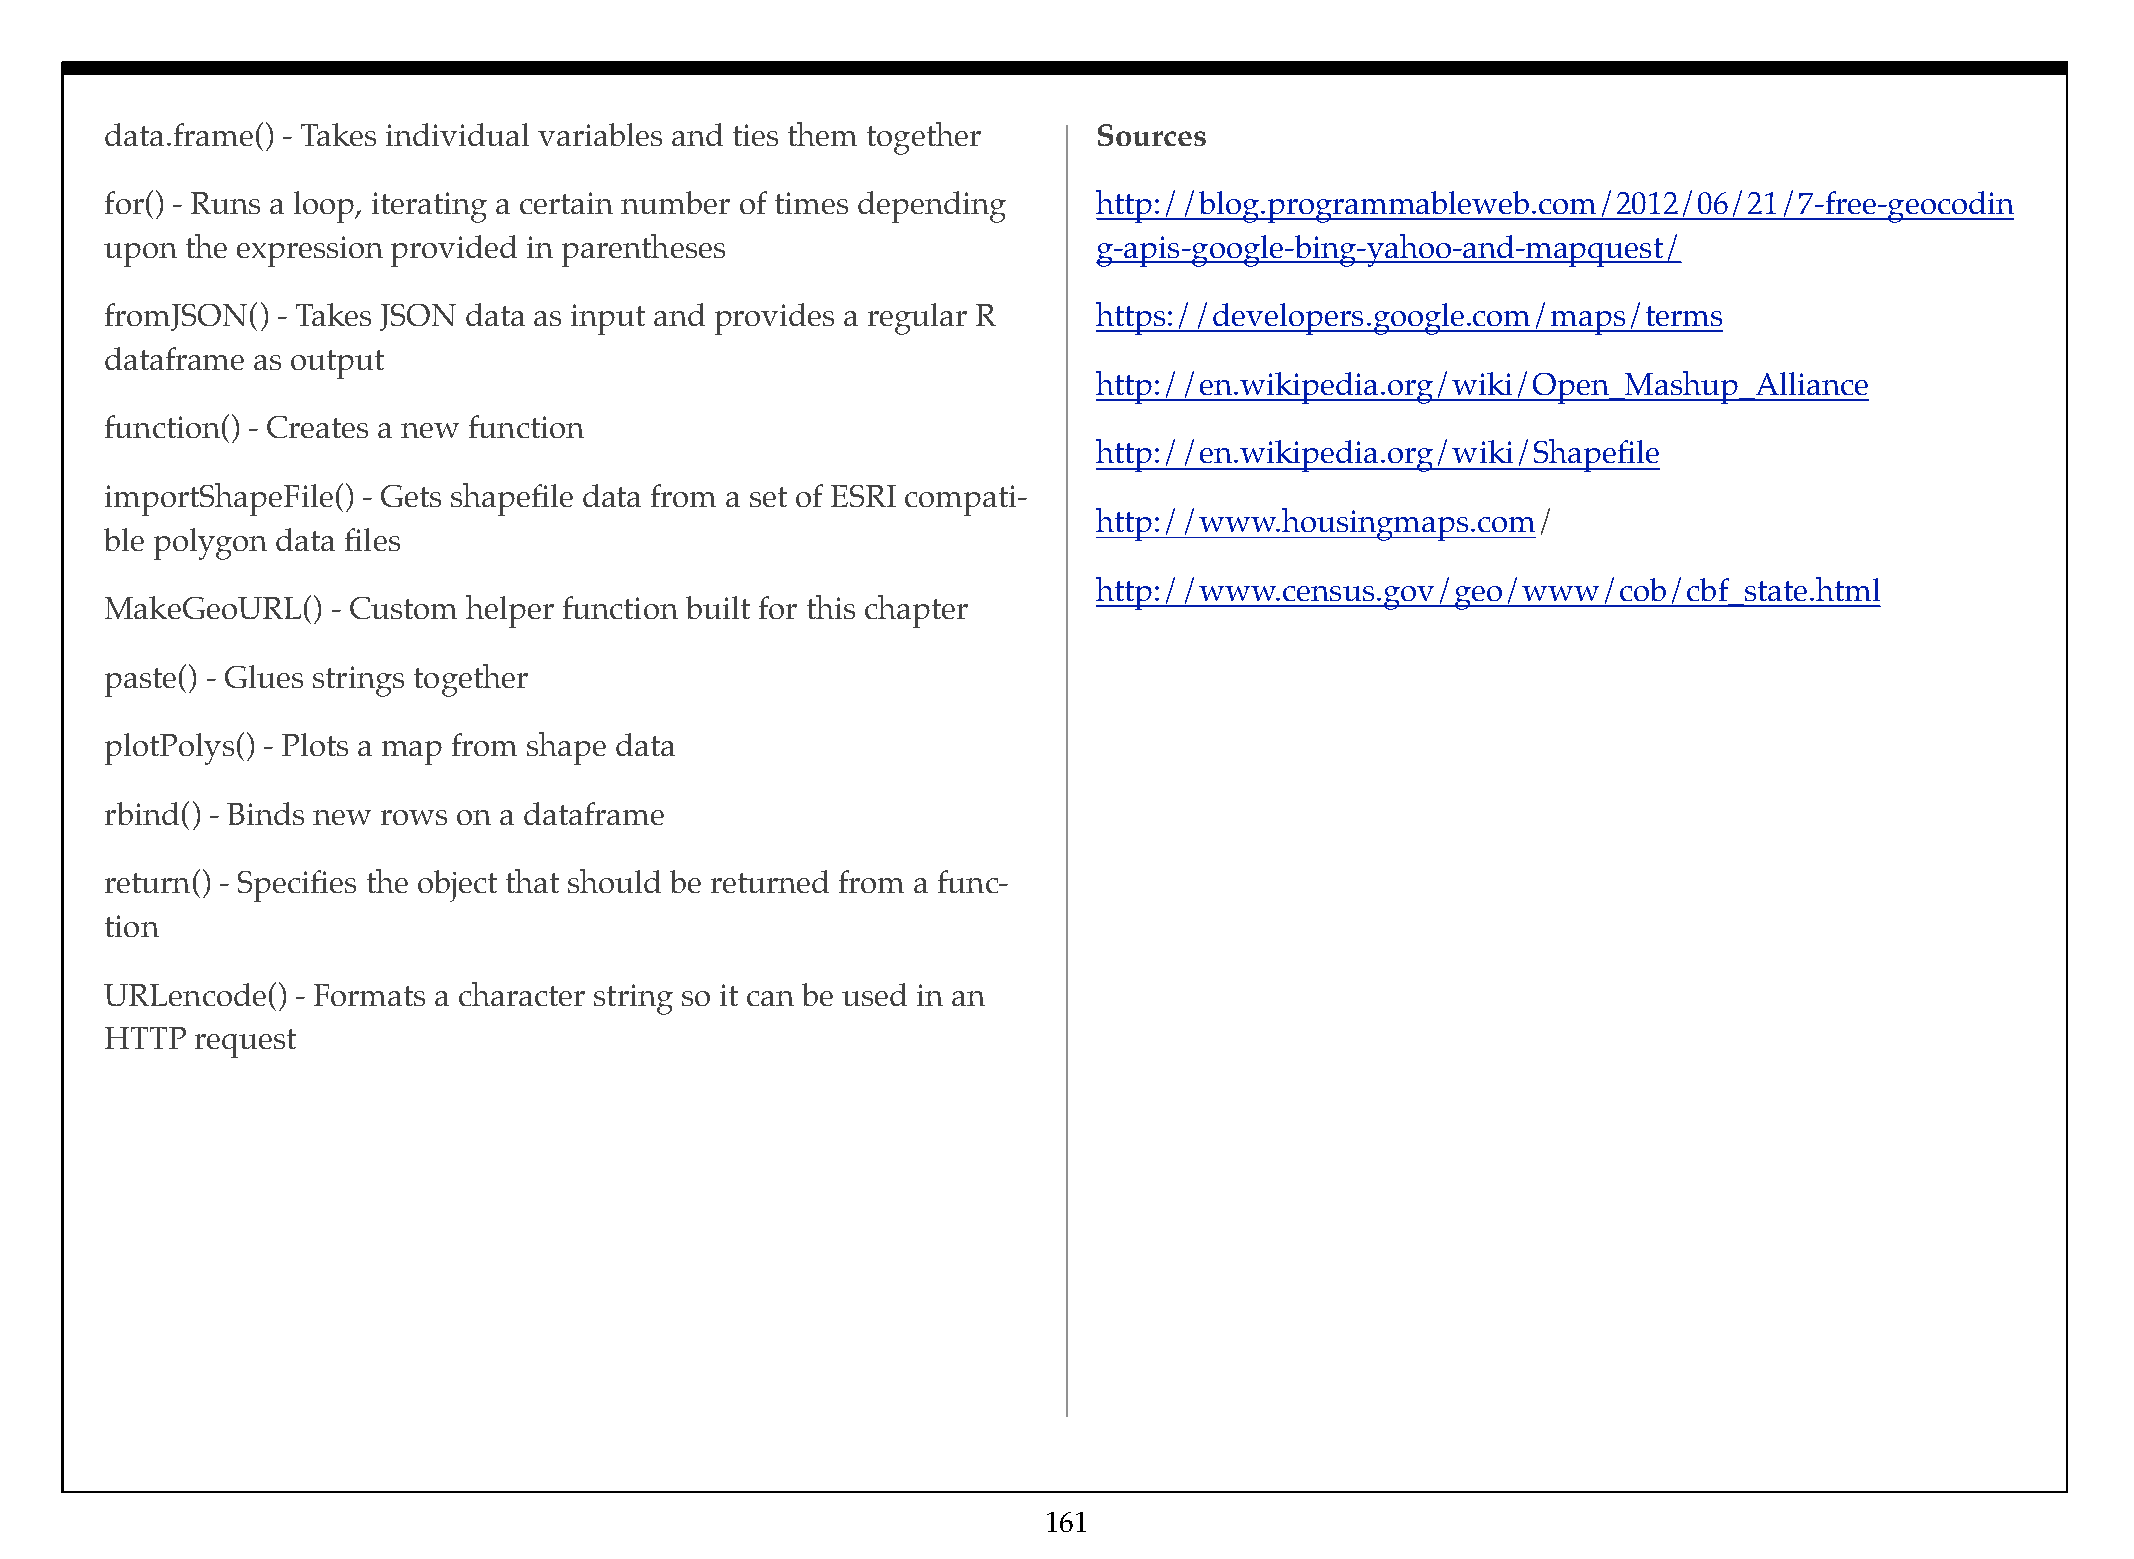
data.frame() - Takes individual variables and ties them together  Sources
 for() - Runs a loop, iterating a certain number of times depending http://blog.programmableweb.com/2012/06/21/7-free-geocodin
 upon the expression provided in parentheses                       g-apis-google-bing-yahoo-and-mapquest/
 fromJSON() - Takes JSON data as input and provides a regular R    https://developers.google.com/maps/terms
 dataframe as output
 http://en.wikipedia.org/wiki/Open_Mashup_Alliance
 function() - Creates a new function
 http://en.wikipedia.org/wiki/Shapefile
 importShapeFile() - Gets shapefile data from a set of ESRI compati-
 http://www.housingmaps.com/
 ble polygon data files
 http://www.census.gov/geo/www/cob/cbf_state.html
 MakeGeoURL()   - Custom helper function built for this chapter
 paste() - Glues strings together
 plotPolys() - Plots a map from shape data
 rbind() - Binds new rows on a dataframe
 return() - Specifies the object that should be returned from a func-
 tion
 URLencode()  - Formats a character string so it can be used in an
 HTTP  request
 161